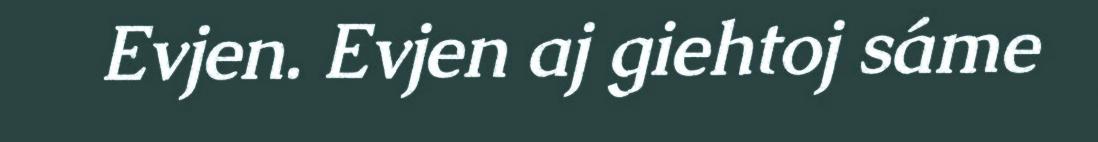
Evjen. Evjen aj giehtoj sáme